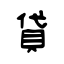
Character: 貸